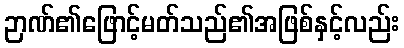
ဉာဏ်၏ဖြောင့်မတ်သည်၏အဖြစ်နှင့်လည်း